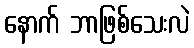
နောက် ဘာဖြစ်သေးလဲ